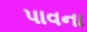
પાવના